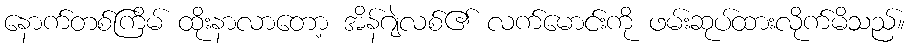
နောက်တစ်ကြိမ် ထိုးနာလာတော့ အိန်ဂျဲလစ်၏ လက်မောင်းကို ဖမ်းဆုပ်ထားလိုက်မိသည်။